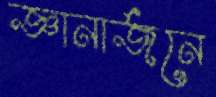
জ্ঞানার্জনে